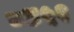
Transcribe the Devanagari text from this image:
८४५२